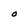
Character: O